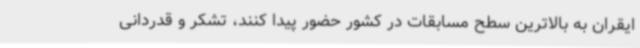
ایقران به بالاترین سطح مسابقات در کشور حضور پیدا کنند، تشکر و قدردانی